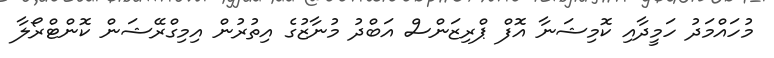
މުހައްމަދު ހަމީދާއި ކޮމިޝަނާ އޮފް ޕްރިޒަންސް އަބްދު މުނާޒުގެ އިތުރުން އިމިގްރޭޝަން ކޮންޓްރޯލާ